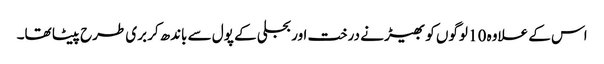
اس کے علاوہ 10 لوگوں کو بھیڑ نے درخت اور بجلی کے پول سے باندھ‌کر بری طرح پیٹا تھا۔